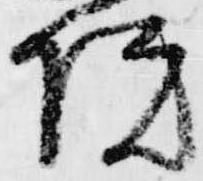
院